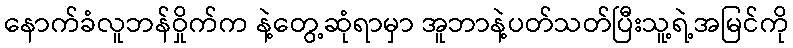
နောက်ခံလူဘန်ဝှိုက်က နဲ့တွေ့ဆုံရာမှာ အူဘာနဲ့ပတ်သတ်ပြီးသူ့ရဲ့အမြင်ကို